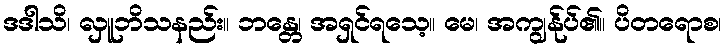
ဒဒါသိ၊ လှူဘိသနည်း။ ဘန္တေ၊ အရှင်ရသေ့။ မေ၊ အကျွန်ုပ်၏။ ပိတရောစ၊